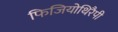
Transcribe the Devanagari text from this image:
फिजियोथिरैपी